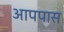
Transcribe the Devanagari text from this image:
आपपास